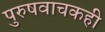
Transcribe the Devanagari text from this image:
पुरुषवाचकही